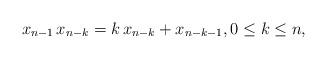
LaTeX: \begin{align*}x_{n-1}\,x_{n-k}&= k\,x_{n-k}+x_{n-k-1}, 0\leq k \leq n,\end{align*}